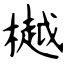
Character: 樾